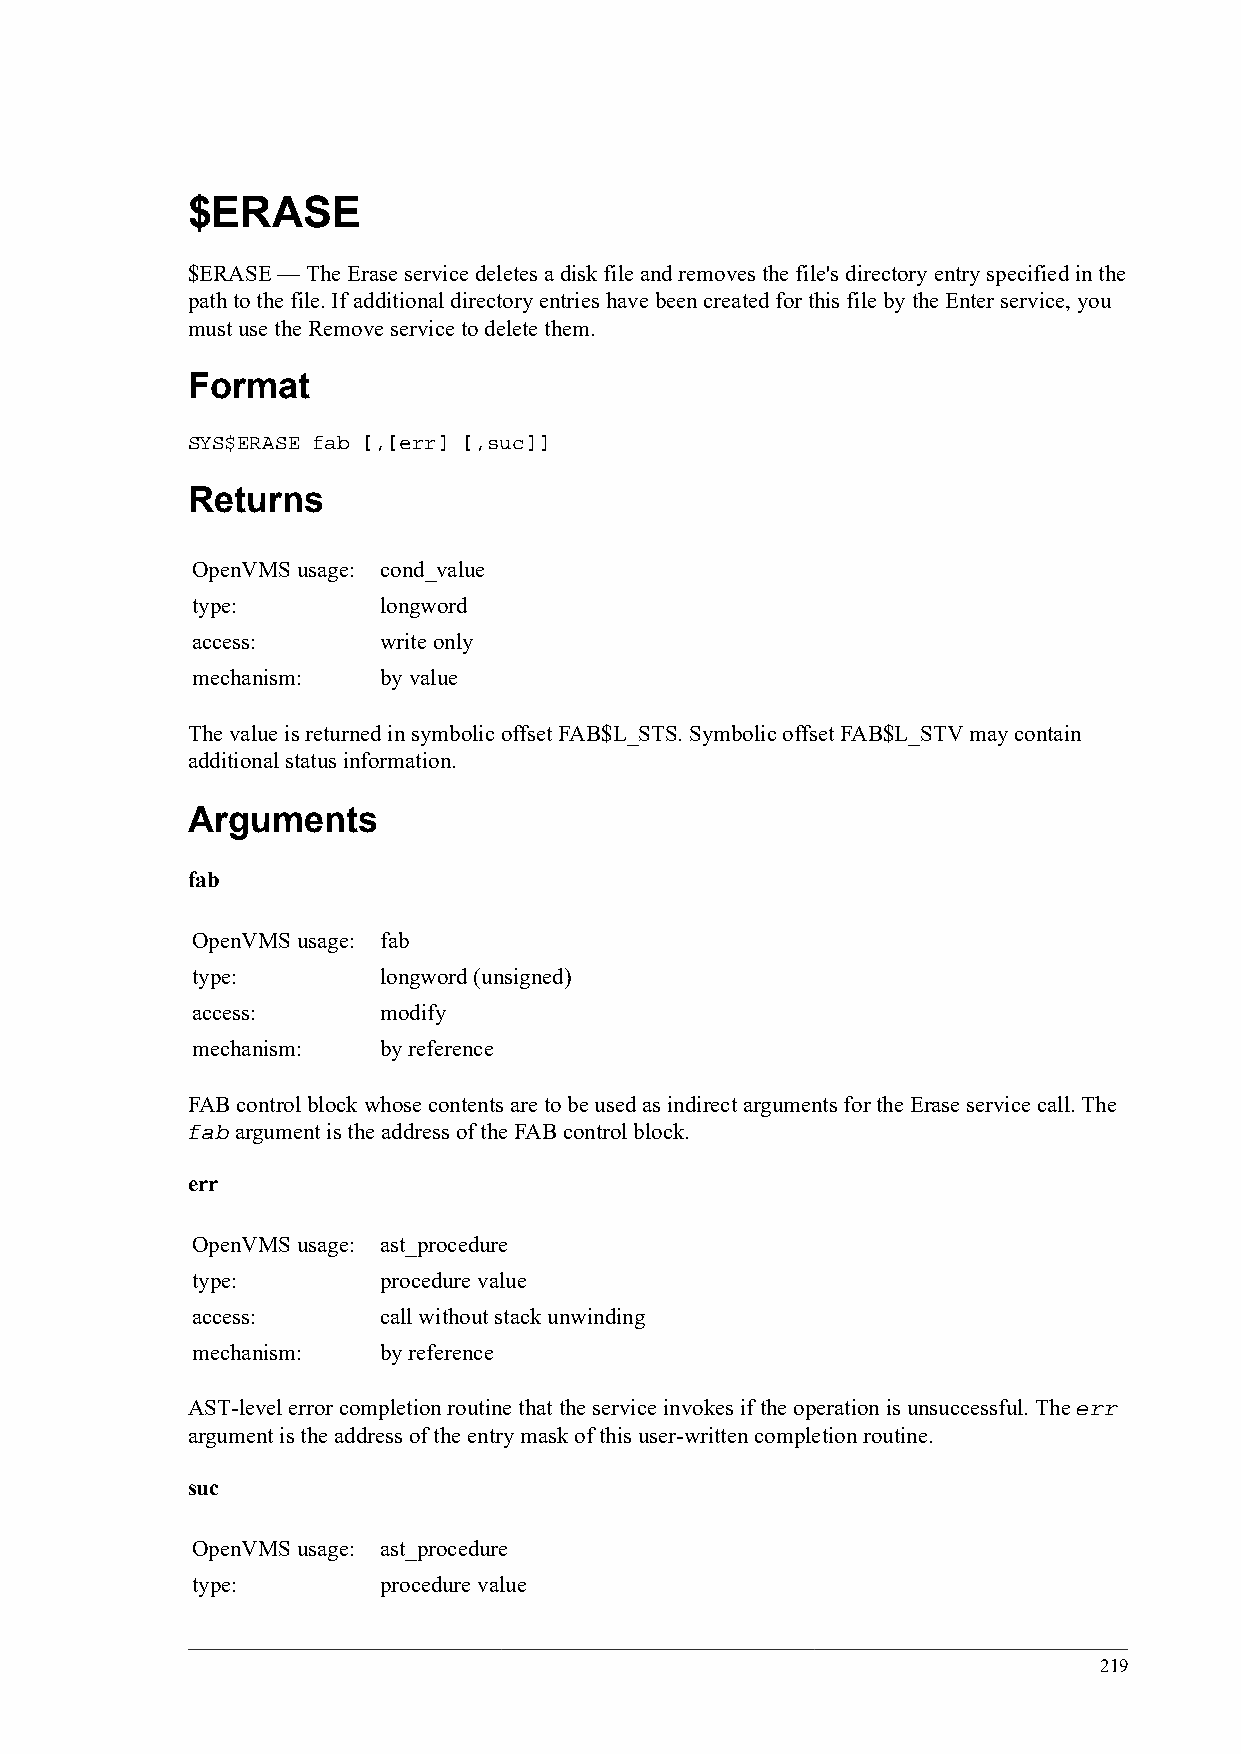
$ERASE
 $ERASE — The Erase service deletes a disk file and removes the file's directory entry specified in the
 path to the file. If additional directory entries have been created for this file by the Enter service, you
 must use the Remove service to delete them.
 Format
 SYS$ERASE fab [,[err] [,suc]]
 Returns
 OpenVMS usage: cond_value
 type:       longword
 access:     write only
 mechanism:  by value
 The value is returned in symbolic offset FAB$L_STS. Symbolic offset FAB$L_STV may contain
 additional status information.
 Arguments
 fab
 OpenVMS usage: fab
 type:       longword (unsigned)
 access:     modify
 mechanism:  by reference
 FAB control block whose contents are to be used as indirect arguments for the Erase service call. The
 fab argument is the address of the FAB control block.
 err
 OpenVMS usage: ast_procedure
 type:       procedure value
 access:     call without stack unwinding
 mechanism:  by reference
 AST-level error completion routine that the service invokes if the operation is unsuccessful. The err
 argument is the address of the entry mask of this user-written completion routine.
 suc
 OpenVMS usage: ast_procedure
 type:       procedure value
 219